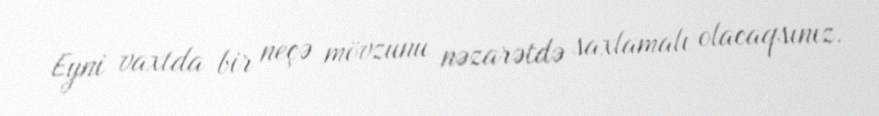
Eyni vaxtda bir neçə mövzunu nəzarətdə saxlamalı olacaqsınız.